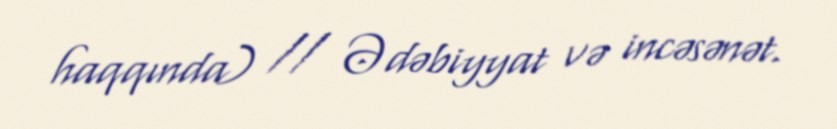
haqqında) // Ədəbiyyat və incəsənət.